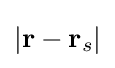
{|\mathbf {r} -\mathbf {r} _{s}|}